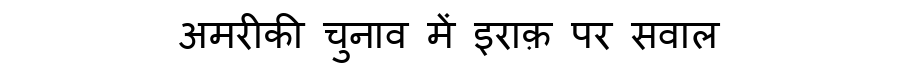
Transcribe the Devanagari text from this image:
अमरीकी चुनाव में इराक़ पर सवाल